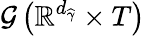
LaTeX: \mathcal{G}\left(\mathbb{R}^{d_{\widehat{\gamma}}}\times T\right)